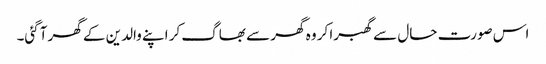
اس صورت حال سے گھبرا کر وہ گھر سے بھاگ کر اپنے والدین کے گھر آگئی۔